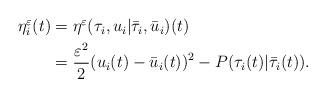
LaTeX: \begin{align*} \begin{aligned} \eta_i^\varepsilon(t)&=\eta^\varepsilon(\tau_i, u_i| \bar \tau_i, \bar u_i)(t)\\ &=\dfrac{\varepsilon^2}{2}(u_i(t)-\bar u_i(t))^2 - P(\tau_i(t)|\bar \tau_i(t)). \end{aligned}\end{align*}